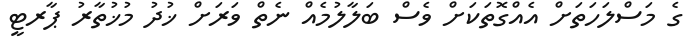
ގެ މަސްލަހަތަށް އެއްގޮތަކަށް ވެސް ބަލާލުމެއް ނެތް ވަރަށް ޚުދު މުޚުތާރު ޕާރޓީ